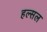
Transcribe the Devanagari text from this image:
हल्सल